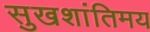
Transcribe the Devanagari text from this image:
सुखशांतिमय